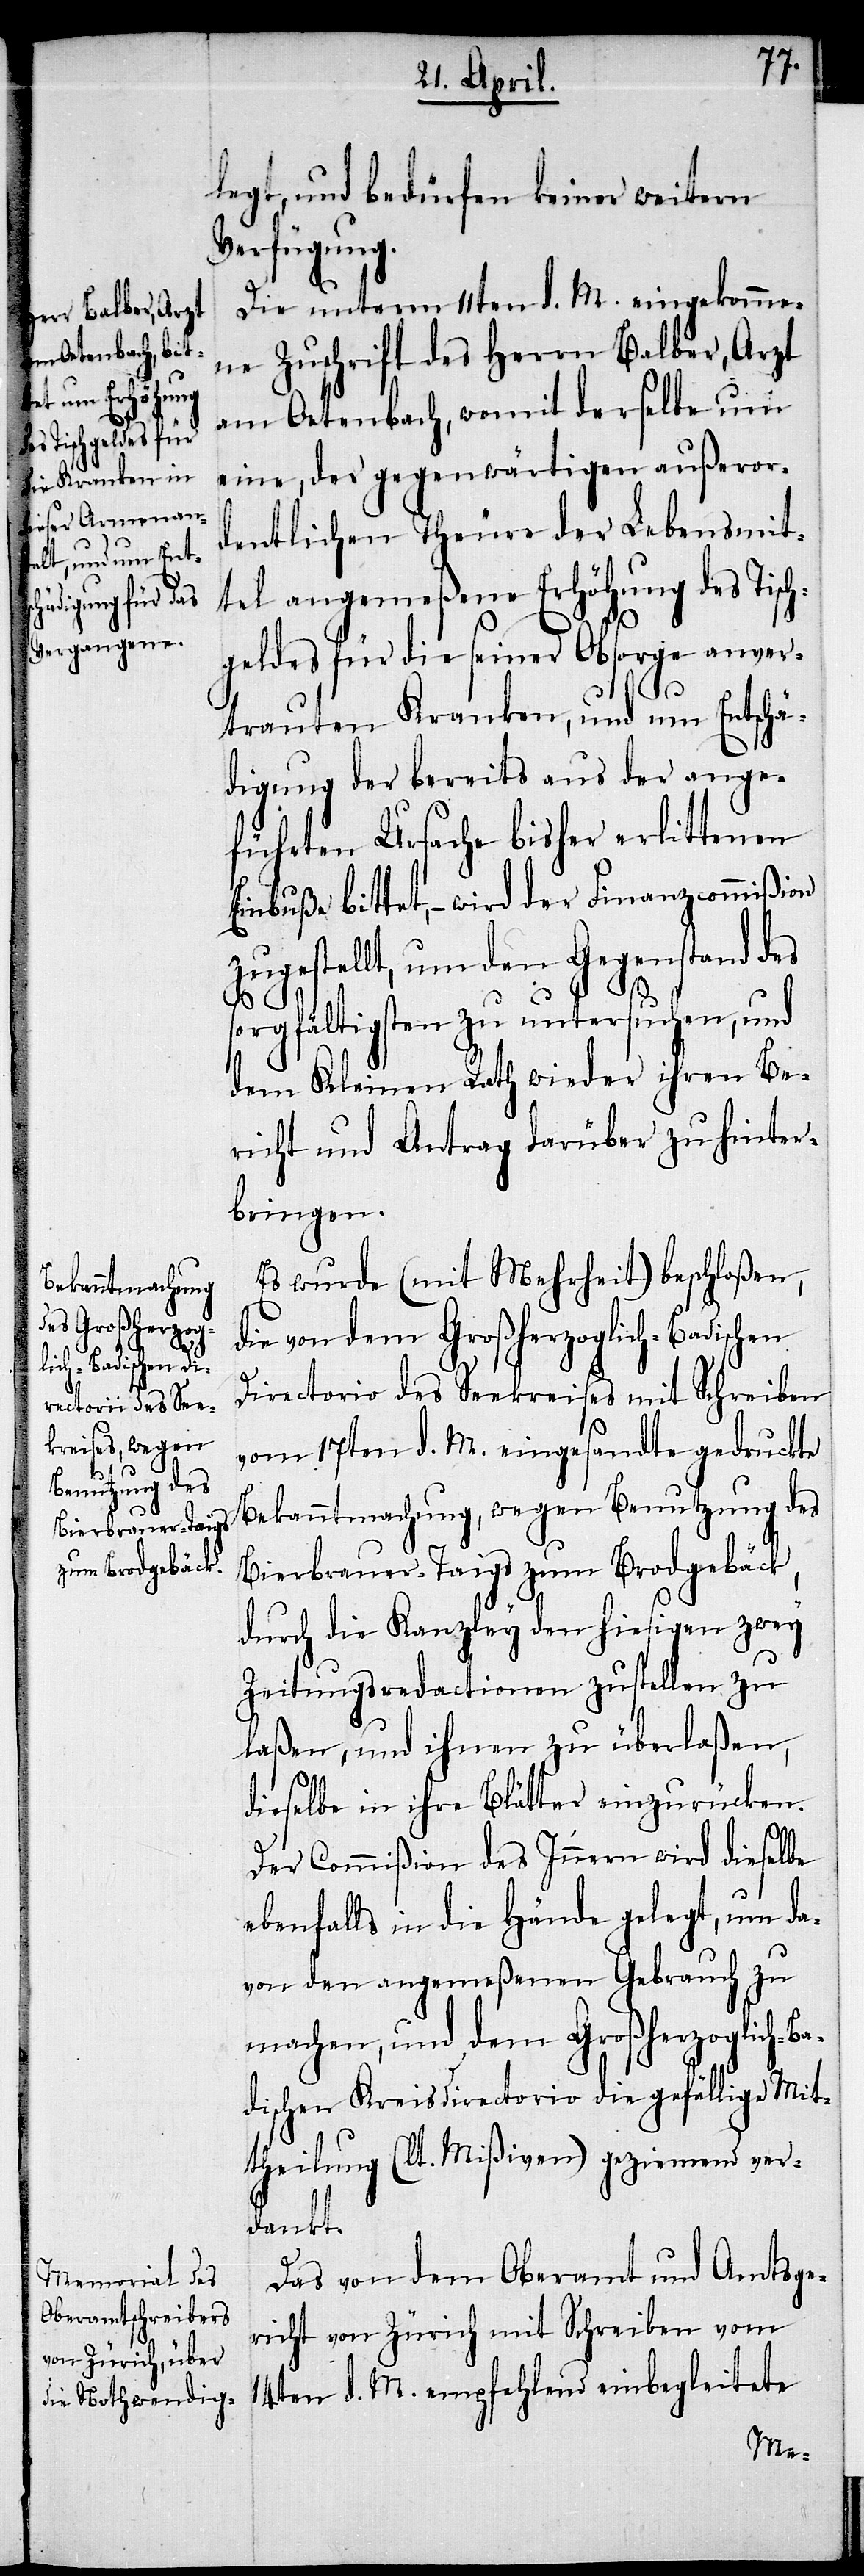
legt, und bedürfen keiner weitern
Verfügung.
Die unterm 11ten d. M. eingekomme¬
ne Zuschrift des Herrn Balber, Arzt
am Oetenbach, womit derselbe um
eine, der gegenwärtigen außeror¬
dentlichen Theure der Lebensmit¬
tel angemeßene Erhöhung des Tisc¬
geldes für die seiner Obsorge anver¬
trauten Kranken, und um Entschä¬
digung der bereits aus der ange¬
führten Ursache bisher erlittenen
Einbuße bittet, – wird der Finanzcommißion
zugestellt, um den Gegenstand des
sorgfältigsten zu untersuchen, und
dem Kleinen Rath wieder ihren Be¬
richt und Antrag darüber zu hinter¬
bringen.
Es wurde (mit Mehrheit) beschloßen,
ie von dem Großherzoglich-Badischen
Directorio des Seekreises mit Schreiben
vom 17ten d. M. eingesandte gedruckte
Bekanntmachung, wegen Benutzung des
Bierbrauer-Taigs zum Brodgebäck,
durch die Kanzley den hiesigen zwey
Zeitungsredactionen zustellen zu
laßen, und ihnen zu überlaßen,
dieselbe in ihre Blätter einzurücken.
Der Commißion des Innern wird dieselbe
ebenfalls in die Hände gelegt, um da¬
von den angemeßenen Gebrauch zu
machen, und dem Großherzoglich-B¬
dischen Kreisdirectorio die gefällige Mit¬
theilung (lt. Mißiven) geziemend ver¬
dankt.
a¬
Das von dem Oberamt und Amtsge¬
richt von Zürich mit Schreiben vom
14ten d. M. empfehlend einbegleitete